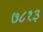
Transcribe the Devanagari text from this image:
७८१३